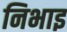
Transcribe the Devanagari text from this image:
निभाइ